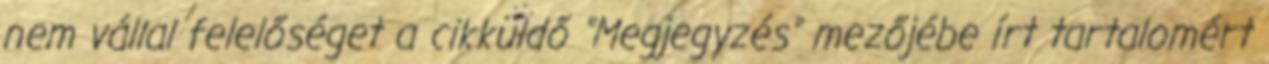
nem vállal felelőséget a cikküldő "Megjegyzés" mezőjébe írt tartalomért